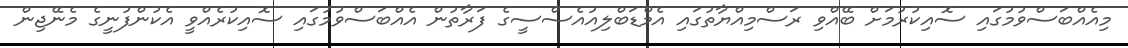
މިއެއްބަސްވުމުގައި ސޮއިކުރުމަށް ބޭއްވި ރަސްމިއްޔާތުގައި އެމްޑަބްލިއުއެސްސީގެ ފަރާތުން އެއްބަސްވުމުގައި ސޮއިކުރެއްވީ އެކުންފުނީގެ މެނޭޖިން